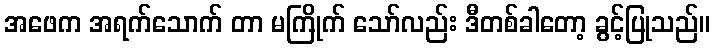
အဖေက အရက်သောက် တာ မကြိုက် သော်လည်း ဒီတစ်ခါတော့ ခွင့်ပြုသည်။